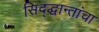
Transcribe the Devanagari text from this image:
सिद्द्धान्तांचा